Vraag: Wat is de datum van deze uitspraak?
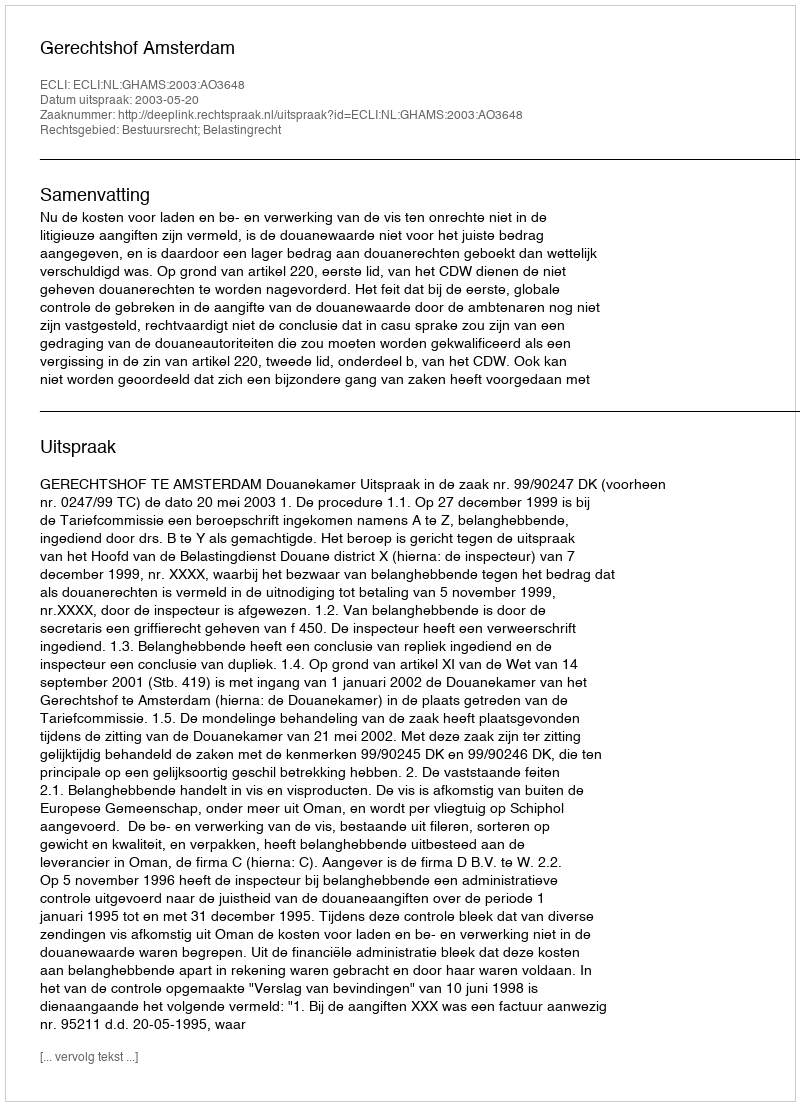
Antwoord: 2003-05-20